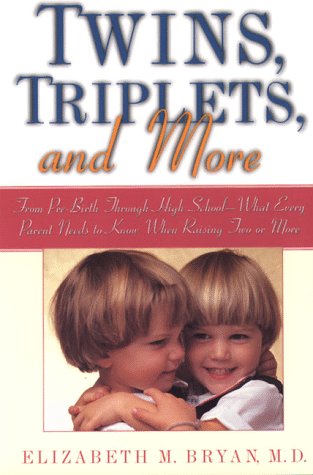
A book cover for Twins, Triplets, and More: From Pre-Birth Through High School - What Every Parent Needs To Know When Raising Two Or More; Elizabeth M.D. Bryan; Parenting & Relationships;